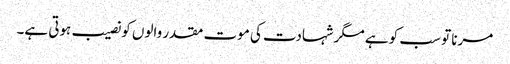
مرنا تو سب کو ہے مگر شہادت کی موت مقدر والوں کو نصیب ہوتی ہے۔